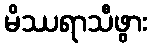
မိဿရာသီဖွား